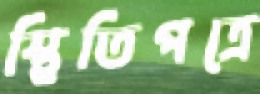
স্থিতিপত্রে